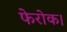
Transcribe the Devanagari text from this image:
फेरोक।